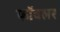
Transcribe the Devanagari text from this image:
फॉवलर